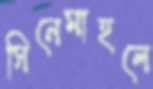
সিনেমাহলে